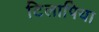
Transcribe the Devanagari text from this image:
टिलापिया